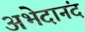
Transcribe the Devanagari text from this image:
अभेदानंद